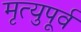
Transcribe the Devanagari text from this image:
मृत्युपूर्व